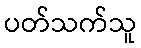
ပတ်သက်သူ